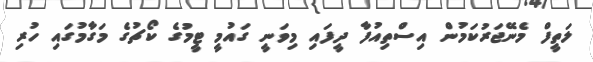
ލަތީފް މެނޭޖަރުކަމުން އިސްތިއުފާ ދީފައި މިވަނީ ގައުމީ ޓީމުގެ ކޯޗުގެ މަގާމުގައި ހުރި